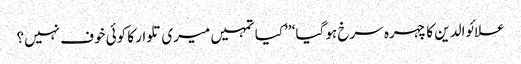
علائوالدین کا چہرہ سرخ ہو گیا‘ ’’کیا تمہیں میری تلوار کا کوئی خوف نہیں؟